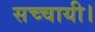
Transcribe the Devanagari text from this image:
सच्चायी।